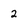
Character: 2